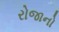
રોજાનો